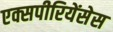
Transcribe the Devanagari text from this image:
एक्सपीरियेंसेस